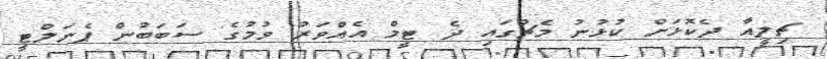
ޗިލީއާ ދެކޮޅަށް ކުޅުނު މެޗުގައި ދެ ޓީމް އެއްވަރު ވުމުގެ ސަބަބުން ޕެނަލްޓީ